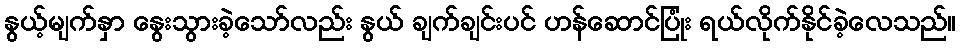
နွယ့်မျက်နှာ နွေးသွားခဲ့သော်လည်း နွယ် ချက်ချင်းပင် ဟန်ဆောင်ပြုံး ရယ်လိုက်နိုင်ခဲ့လေသည်။